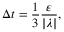
\Delta t = \frac { 1 } { 3 } \frac { \varepsilon } { | \lambda | } ,